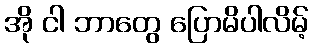
အို ငါ ဘာတွေ ပြောမိပါလိမ့်